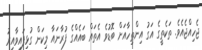
ޖެހިއްޖެއެވެ. ތަކެތީގެ އަގު އިންތިހާއަށް ބޮޑުވެ އެތައް ބައެއްގެ ފުރާނައާ މިކަން ގުޅިފައިވާއިރު